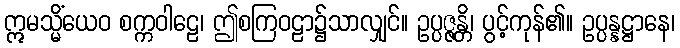
ဣမသ္မိံယေဝ စက္ကဝါဠေ၊ ဤစကြဝဠာ၌သာလျှင်။ ဥပ္ပဇ္ဇန္တိ၊ ပွင့်ကုန်၏။ ဥပ္ပန္နဋ္ဌာနေ၊